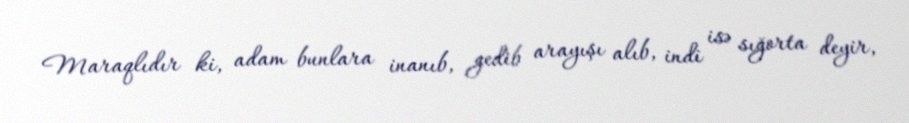
Maraqlıdır ki, adam bunlara inanıb, gedib arayışı alıb, indi isə sığorta deyir,